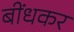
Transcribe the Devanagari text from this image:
बींधकर